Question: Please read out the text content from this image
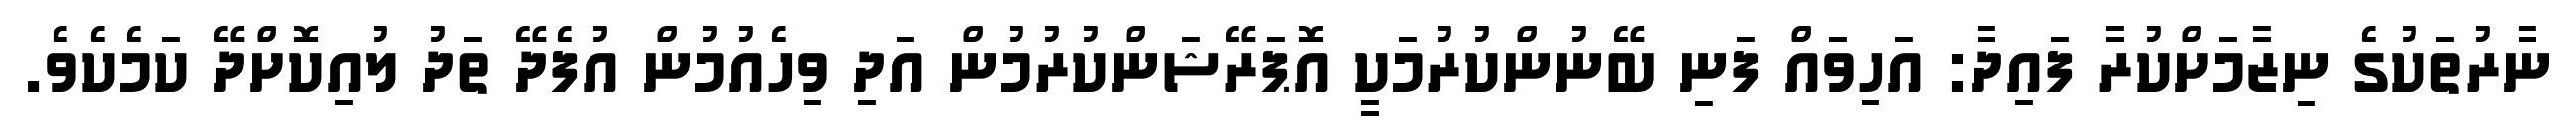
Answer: ނާރުތަކުގެ ނިޒާމަށްކުރާ ފައިދާ: އަހިވައް ފަނި ބޭނުންކުރުމަކީ އޮޕަރޭޝަންކުރުމުން އަދި ވިހެއުމުން އުފެދޭ ތަދު ލުއިކޮށްދޭ ކަމެކެވެ.